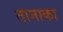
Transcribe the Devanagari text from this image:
तानाका